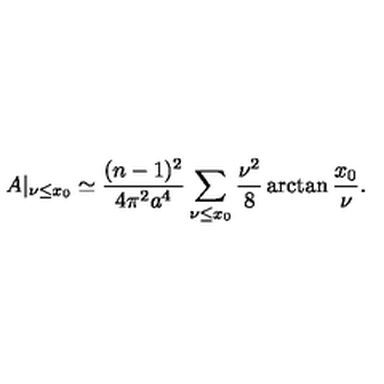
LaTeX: A | _ { \nu \leq x _ { 0 } } \simeq \frac { ( n - 1 ) ^ { 2 } } { 4 \pi ^ { 2 } a ^ { 4 } } \sum _ { \nu \leq x _ { 0 } } \frac { \nu ^ { 2 } } { 8 } \arctan \frac { x _ { 0 } } { \nu } .